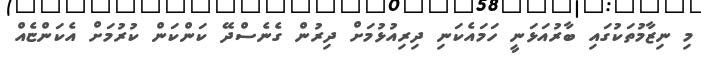
މި ނިޒާމުތަކުގައި ބާރުއަޅަނީ ހަމައެކަނި ދިރިއުޅުމަށް ދިރުން ގެނެސްދޭ ކަންކަން ކުރުމަށް އެކަންޏެއް